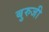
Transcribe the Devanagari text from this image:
बुरुजी